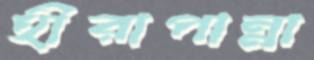
হীরাপান্না